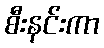
စီးနင်းကာ